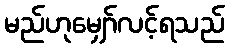
မည်ဟုမျှော်လင့်ရသည်